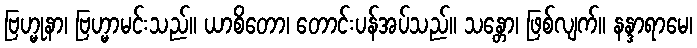
ဗြဟ္မုနာ၊ ဗြဟ္မာမင်းသည်။ ယာစိတော၊ တောင်းပန်အပ်သည်။ သန္တော၊ ဖြစ်လျက်။ နန္ဒာရာမေ၊